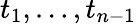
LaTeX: t_{1},\ldots,t_{n-1}